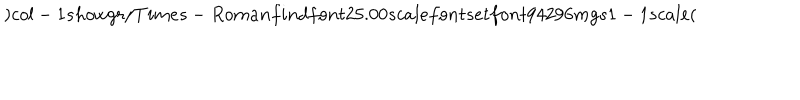
LaTeX: ) c o l - 1 s h o w g r / T i m e s - R o m a n f i n d f o n t 2 5 . 0 0 s c a l e f o n t s e t f o n t 9 4 2 9 6 m g s 1 - 1 s c a l e (